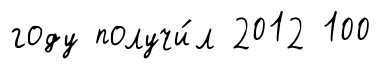
году получи́л 2012 100